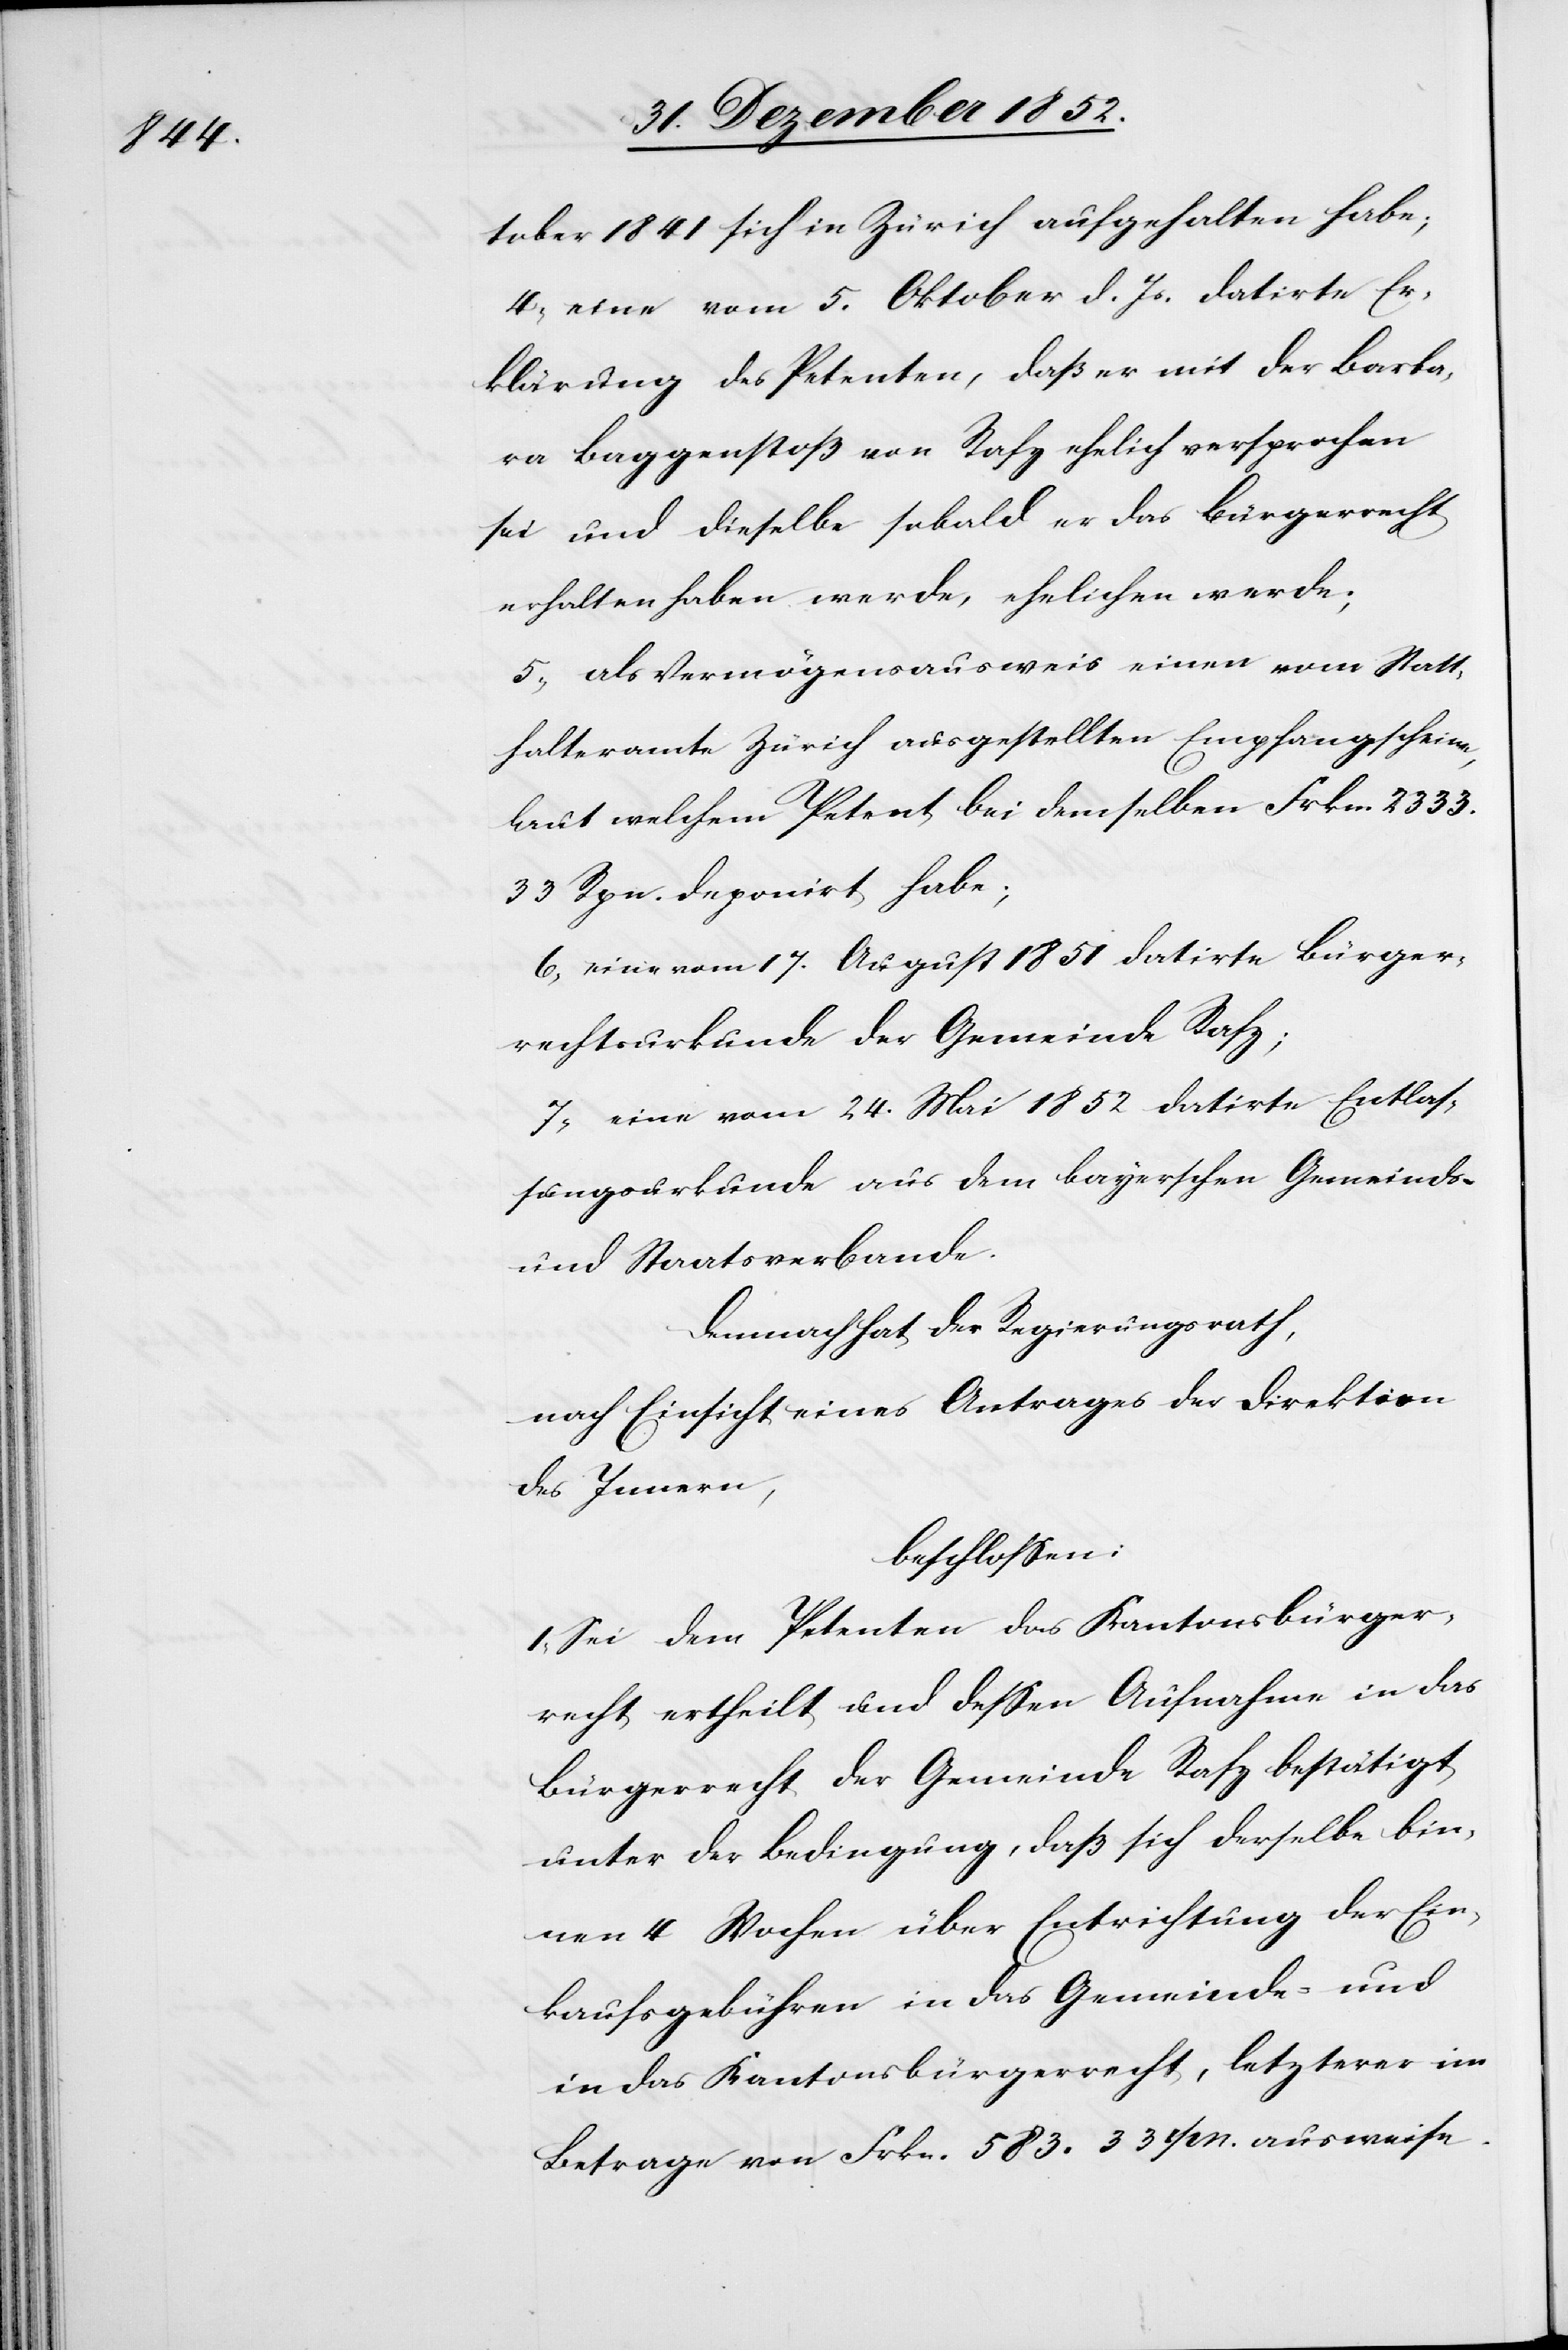
tober 1841 sich in Zürich aufgehalten habe;
eine vom 5. Oktober d. Js. datirte Er¬
klärung des Petenten, daß er mit der Barba¬
ra Baggenstoß von Rafz ehelich versprochen
sei und dieselbe sobald er das Bürgerrecht
erhalten haben werde, ehelichen werde;
als Vermögensausweis einen vom Statt¬
halteramte Zürich ausgestellten Empfangscheine,
laut welchem Petent bei demselben Frkn. 2333.
33 Rpn. deponirt habe;
eine vom 17. August 1851 datirte Bürger¬
rechtsurkunde der Gemeinde Rafz;
eine vom 24. Mai 1852 datirte Entlas¬
sungsurkunde aus dem bayerschen Gemeinds-
und Staatsverbande.
Demnach hat der Regierungsrath,
nach Einsicht eines Antrages der Direktion
des Innern,
beschlossen:
I, Sei dem Petenten das Kantonsbürger¬
recht ertheilt und dessen Aufnahme in das
Bürgerrecht der Gemeinde Rafz bestätigt
unter der Bedingung, daß sich derselbe bin¬
nen 4 Wochen über Entrichtung der Ein¬
kaufsgebühren in das Gemeinde- und
in das Kantonsbürgerrecht, letzterer im
Betrage von Frkn. 583. 33 rpn. ausweise.